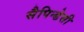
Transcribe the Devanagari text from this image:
सैपिन्डेसी